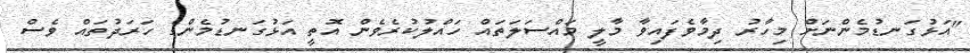
"އަޅުގަނޑުމެންނަށް މިހާރު ދިމާވެފައިވާ މާލީ މައްސަލަތައް ހައްލުކުރެވެން އޮތީ އަޅުގަނޑުމެންގެ ހަރަދުތައް ވެސް